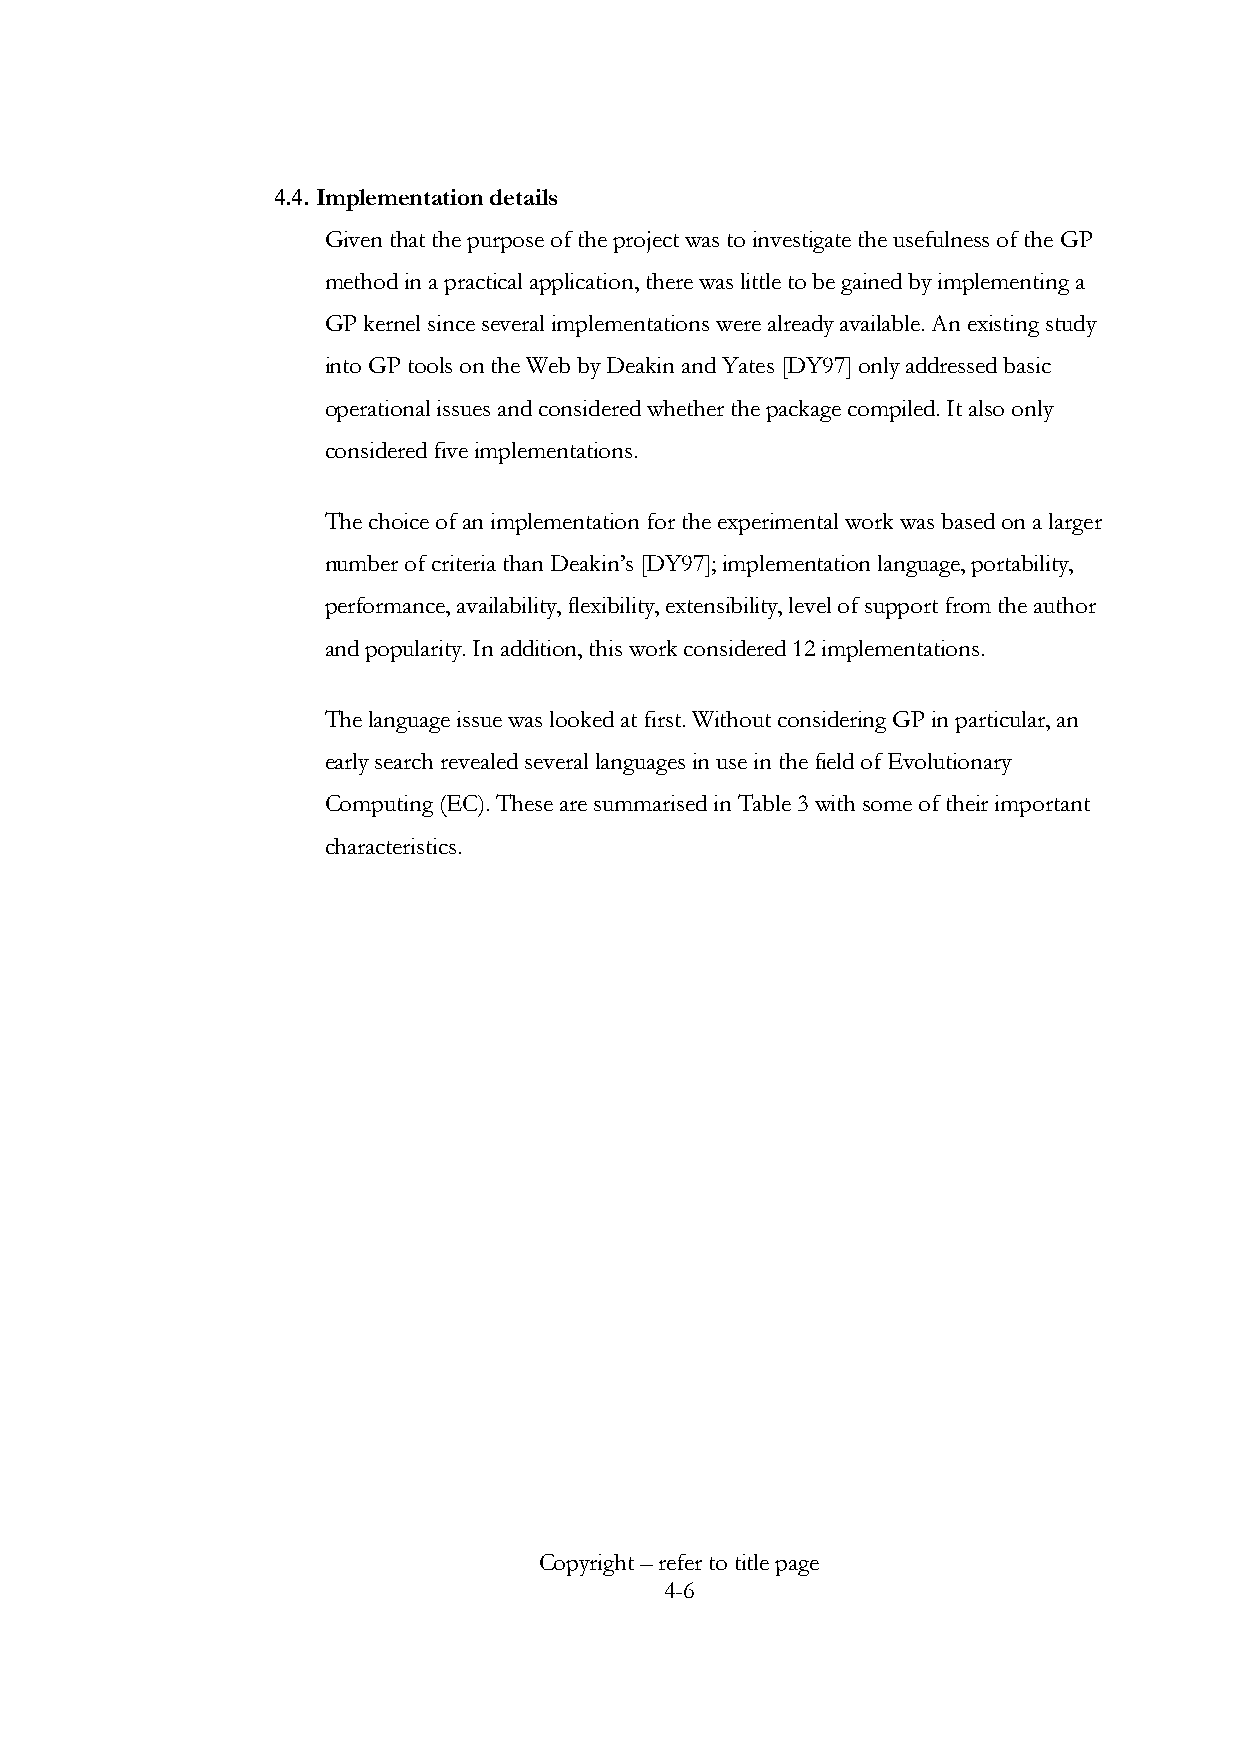
4.4. Implementation details
 Given that the purpose of the project was to investigate the usefulness of the GP
 method in a practical application, there was little to be gained by implementing a
 GP kernel since several implementations were already available. An existing study
 into GP tools on the Web by Deakin and Yates [DY97] only addressed basic
 operational issues and considered whether the package compiled. It also only
 considered five implementations.
 The choice of an implementation for the experimental work was based on a larger
 number of criteria than Deakin’s [DY97]; implementation language, portability,
 performance, availability, flexibility, extensibility, level of support from the author
 and popularity. In addition, this work considered 12 implementations.
 The language issue was looked at first. Without considering GP in particular, an
 early search revealed several languages in use in the field of Evolutionary
 Computing (EC). These are summarised in Table 3 with some of their important
 characteristics.
 Copyright – refer to title page
 4-6